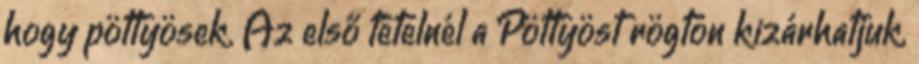
hogy pöttyösek. Az első tételnél a Pöttyöst rögtön kizárhatjuk,